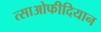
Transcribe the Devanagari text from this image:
त्साओफीदियान